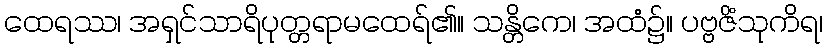
ထေရဿ၊ အရှင်သာရိပုတ္တရာမထေရ်၏။ သန္တိကေ၊ အထံ၌။ ပဗ္ဗဇိံသုကိရ၊